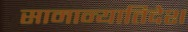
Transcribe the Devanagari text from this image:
सामान्यातिदेश